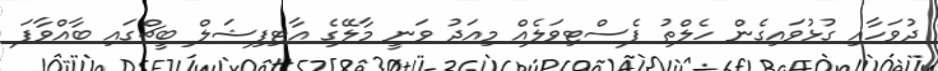
ދުވަހާއި ގުޅުވައިގެން ހެލްތު ފެސްޓިވަލެއް މިއަދު ވަނީ މާލޭގެ އާޓިފިޝަލް ބީޗްގައި ބާއްވާފަ